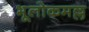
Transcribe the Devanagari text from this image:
भूलोकमल्ल